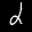
Label: 2